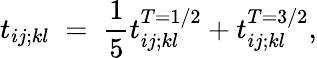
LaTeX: t_{ij;kl}\; =\; \frac 15t_{ij;kl}^{T=1/2}+t_{ij;kl}^{T=3/2},